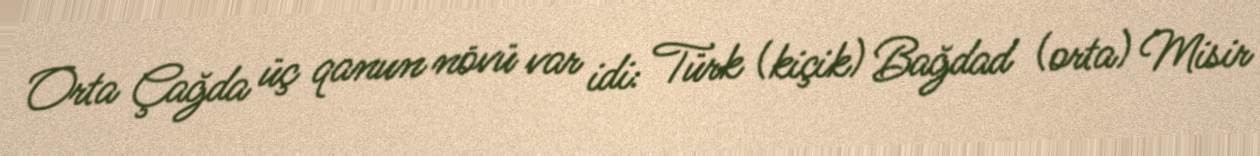
Orta Çağda üç qanun növü var idi: Türk (kiçik) Bağdad (orta) Misir